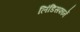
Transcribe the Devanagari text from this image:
लिंडिसफार्ने